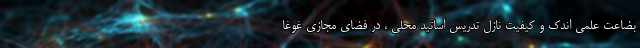
بضاعت علمی اندک و کیفیت نازل تدریس اساتید محلی ، در فضای مجازی غوغا